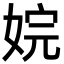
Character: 㛡